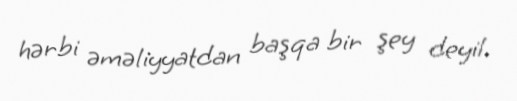
hərbi əməliyyatdan başqa bir şey deyil.